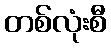
တစ်လုံးစီ